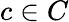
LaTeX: c\in C